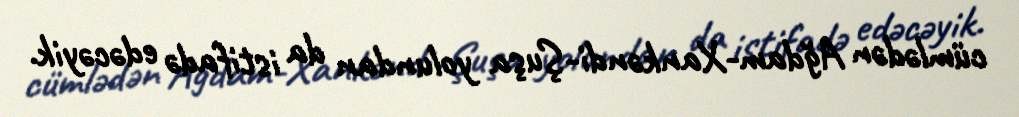
cümlədən Ağdam-Xankəndi-Şuşa yolundan da istifadə edəcəyik.